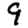
Digit: 9